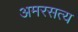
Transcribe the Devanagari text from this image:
अमरसत्य